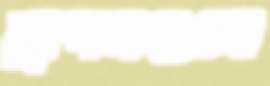
ড্রাগনগুলো